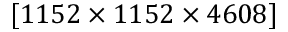
[ 1 1 5 2 \times 1 1 5 2 \times 4 6 0 8 ]